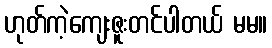
ဟုတ်ကဲ့ကျေးဇူးတင်ပါတယ် မမ။